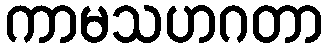
ကာမသဟဂတာ